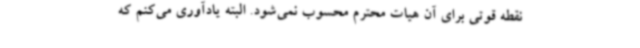
نقطه قوتی برای آن هیات محترم محسوب نمی‌شود. البته یادآوری می‌کنم که